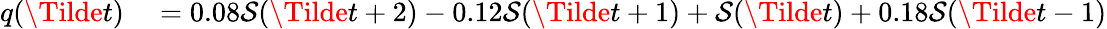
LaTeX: \begin{array}{rl}{q(\Tilde{t})}&{{}=0.08\mathcal{S}(\Tilde{t}+2)-0.12\mathcal{S}(\Tilde{t}+1)+\mathcal{S}(\Tilde{t})+0.18\mathcal{S}(\Tilde{t}-1)}\end{array}